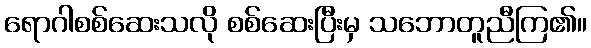
ရောဂါစစ်ဆေးသလို စစ်ဆေးပြီးမှ သဘောတူညီကြ၏။